Sanitation, dispensaries and jails vaccination Rajputana 1922-1927 - 1922-1927
Year: 1922
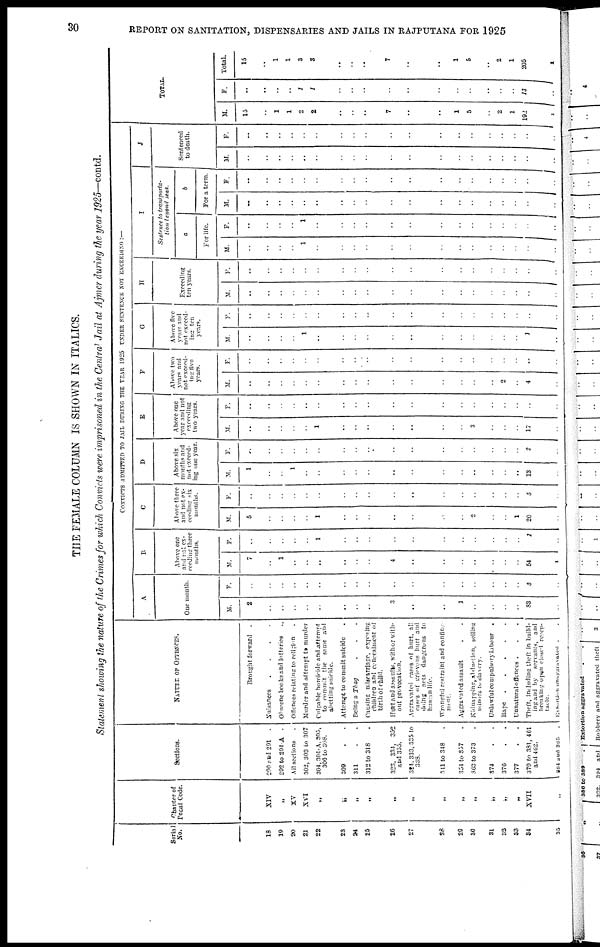
30
REPORT ON SANITATION, DISPENSARIES AND JAILS IN RAJPUTANA FOR 1925
THE FEMALE COLUMN IS SHOWN IN ITALICS.
Statement showing the nature of the Crimes for which Convicts were imprisoned in the Central Jail at Ajmer during the year 1925—contd.
Serial
No.
18
19
20
21
22
23
24
25
26
27
28
29
30
31
32
33
34
35
Chapter of
Penal Code.
XIV
„
XV
XVI
„
„
„
„
„
„
„
„
„
„
„
„
XVII
„
Sections.
200 and 291 .
292 to 294-A .
All sections .
302, 303 to 307
304, 304-A, 305,
306 to 308.
309 ..
311 ..
312 to 318 .
323, 334, 352
and 355.
324, 333, 335 to
338.
341 to 348 .
354 to 357 .
363 to 373 .
374 ..
376 ..
377 ..
379 to 381, 461
and 462.
384 and 385 .
NATURE OF OFFENCES.
Brought forward .
Nuisances
....
Obscene books and lotteries .
Offences relating to religion .
Murder and attempt to murder
Culpable homicide and attempt
to commit the same and
abetting suicide.
Attempt to commit suicide .
Being a Thag ...
Causing miscarriage, exposing
children and concealment of
birth of child.
Hurt and assaults, with or with-
out provocation.
Aegravated cases of hurt, all
cases of grievous hurt and
doing acts dangerous to
human life.
Wrongful restraint and confine¬
ment.
Aggravated assault ..
Kidnapping, abduction, selling
minors to slavery.
Unlawful compulsory labour .
Rape
.....
Unnatural offences ...
Theft, including theft in build-
ing and by servants, and
breaking open closed recep¬
tacle.
Extortion unaggravated ..
CONVICTS ADMITTED TO JAIL DURING THE YEAR 1925 UNDER SENTENCE NOT EXCEEDING:—
A
One month.
M.
2
..
..
..
..
..
..
..
..
3
..
..
1
..
..
..
..
83
..
F.
..
..
..
..
..
..
..
..
..
..
..
..
..
..
..
..
..
5
..
B
Above one
and not ex-
ceeding three
months.
M.
7
..
1
..
..
..
..
..
..
4
..
..
..
..
..
..
..
54
1
F.
..
..
..
..
..
1
..
..
..
..
..
..
..
..
..
..
..
1
..
C
Above three
and not ex-
ceeding six
months.
M.
5
..
..
..
..
1
..
..
..
..
..
..
..
2
..
..
1
20
..
F.
..
..
..
..
..
..
..
..
..
..
..
..
..
..
..
..
..
5
..
D
Above six
months and
not exceed-
ing one year.
M.
1
..
..
1
..
..
..
..
..
..
..
..
..
..
..
..
..
13
..
F.
..
..
..
..
..
..
..
..
..
..
..
..
..
..
..
..
..
2
..
E
Above one
year and not
exceeding
two years.
M.
..
..
..
..
..
1
..
..
..
..
..
..
..
3
..
..
..
17
..
F.
..
..
..
..
..
..
..
..
..
..
..
..
..
..
..
..
..
..
..
F
Above two
years and
not exceed-
ing five
years.
M.
..
..
..
..
..
..
..
..
..
..
..
..
..
..
..
2
..
4
..
F.
..
..
..
..
..
..
..
..
..
..
..
..
..
..
..
..
..
..
..
G
Above five
years and
not exceed-
ing ten
years.
M.
..
..
..
..
1
..
..
..
..
..
..
..
..
..
..
..
..
1
..
F.
..
..
..
..
..
..
..
..
..
..
..
..
..
..
..
..
..
..
..
H
Exceeding
ten years.
M.
..
..
..
..
..
..
..
..
..
..
..
..
..
..
..
..
..
..
..
F.
..
..
..
..
..
..
..
..
..
..
..
..
..
..
..
..
..
..
I
Sentence to transporta-
tion beyond seas.
a
For life.
M.
..
..
..
..
1
..
..
..
..
..
..
..
..
..
..
..
..
..
..
F.
..
..
..
..
1
..
..
..
..
..
..
..
..
..
..
..
..
..
..
b
For a term.
M.
..
..
..
..
..
..
..
..
..
..
..
..
..
..
..
..
..
..
..
F.
..
..
..
..
..
..
..
..
..
..
..
..
..
..
..
..
..
..
..
J
Sentenced
to death.
M.
..
..
..
..
..
..
..
..
..
..
..
..
..
..
..
..
..
..
..
F.
..
..
..
..
..
..
..
..
..
..
..
..
..
..
..
..
..
..
..
TOTAL.
M.
15
..
1
1
2
2
..
..
..
7
..
..
1
5
..
2
1
192 1
F.
..
..
..
..
1
1
..
..
..
..
..
..
..
..
..
..
..
13
..
Total.
15
..
1
1
3
3
..
..
..
7
..
..
1
5
..
2
1
205
1